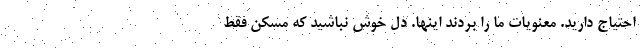
احتیاج دارید. معنویات ما را بردند اینها. دل خوش نباشید که مسکن فقط